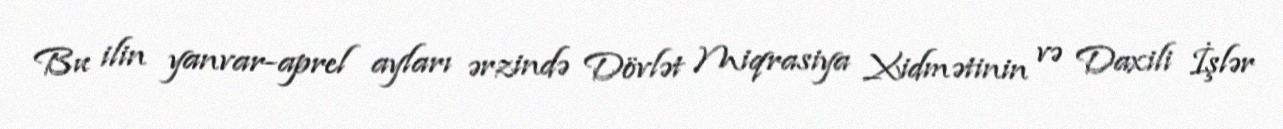
Bu ilin yanvar-aprel ayları ərzində Dövlət Miqrasiya Xidmətinin və Daxili İşlər